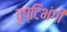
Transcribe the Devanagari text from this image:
दृष्टिभंगी